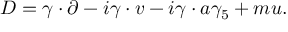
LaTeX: { \cal D } = \gamma \cdot \partial - i \gamma \cdot v - i \gamma \cdot a \gamma _ { 5 } + m u .